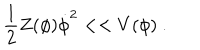
\frac { 1 } { 2 } Z ( \phi ) \dot { \phi } ^ { 2 } < < V ( \phi ) ~ .